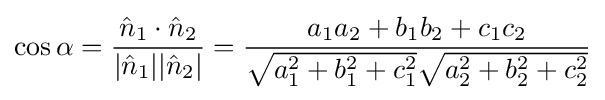
\cos \alpha ={\frac {{\hat {n}}_{1}\cdot {\hat {n}}_{2}}{|{\hat {n}}_{1}||{\hat {n}}_{2}|}}={\frac {a_{1}a_{2}+b_{1}b_{2}+c_{1}c_{2}}{{\sqrt {a_{1}^{2}+b_{1}^{2}+c_{1}^{2}}}{\sqrt {a_{2}^{2}+b_{2}^{2}+c_{2}^{2}}}}}